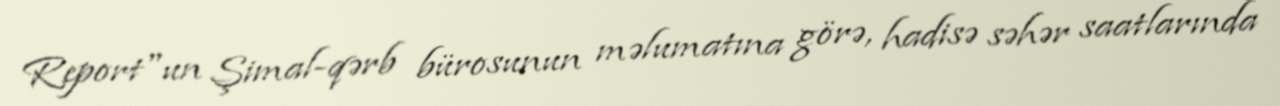
Report"un Şimal-qərb bürosunun məlumatına görə, hadisə səhər saatlarında